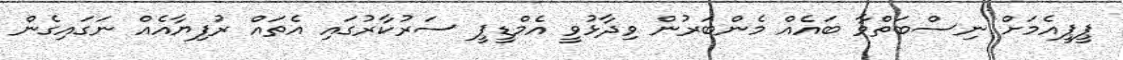
ޕީޕީއެމަށް ނިސްބަތްވާ ބައެއް މެންބަރުން ވިދާޅުވީ އެމްޑީޕީ ސަރުކާރުގައި އެތައް ރުފިޔާއެއް ނަގައިގެން